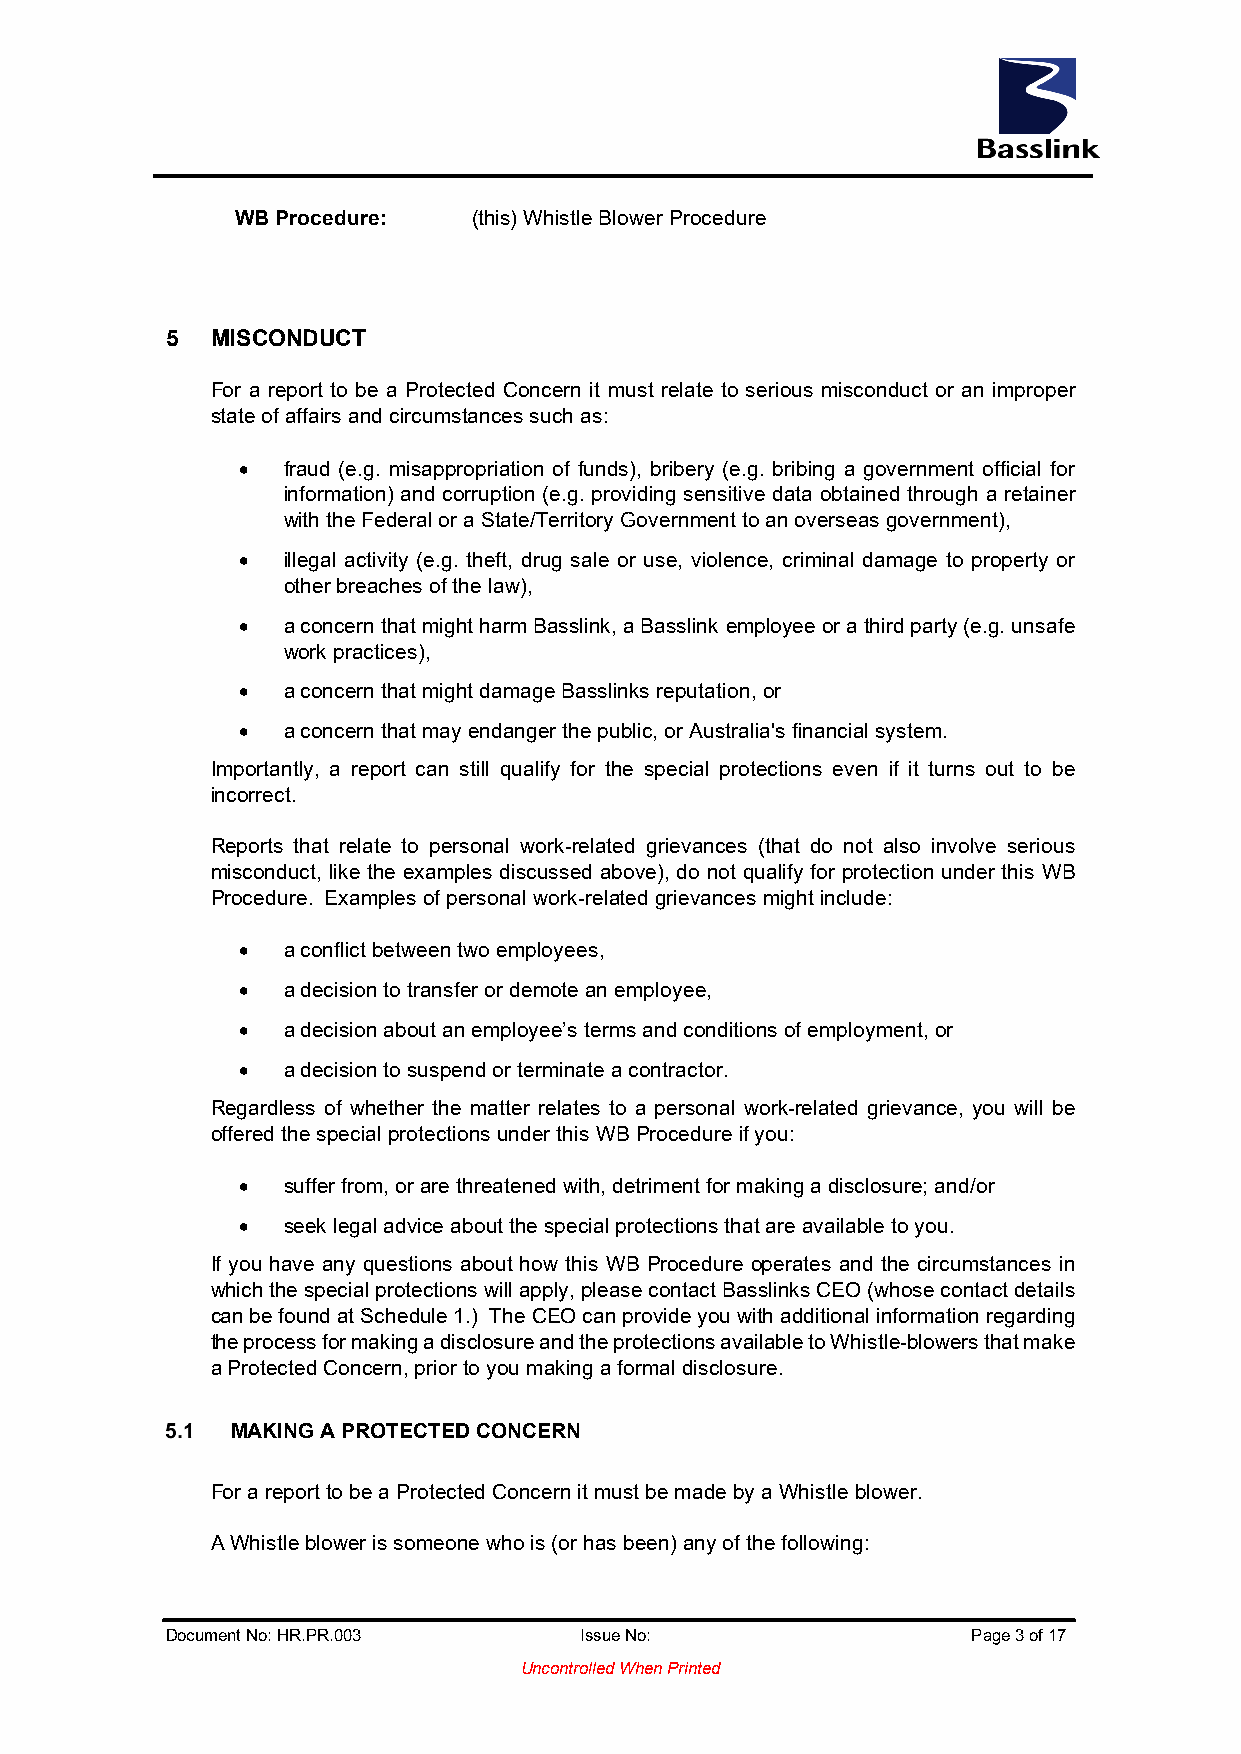
WB Procedure:  (this) Whistle Blower Procedure
 5  MISCONDUCT
 For a report to be a Protected Concern it must relate to serious misconduct or an improper
 state of affairs and circumstances such as:
 •  fraud (e.g. misappropriation of funds), bribery (e.g. bribing a government official for
 information) and corruption (e.g. providing sensitive data obtained through a retainer
 with the Federal or a State/Territory Government to an overseas government),
 •  illegal activity (e.g. theft, drug sale or use, violence, criminal damage to property or
 other breaches of the law),
 •  a concern that might harm Basslink, a Basslink employee or a third party (e.g. unsafe
 work practices),
 •  a concern that might damage Basslinks reputation, or
 •  a concern that may endanger the public, or Australia's financial system.
 Importantly, a report can still qualify for the special protections even if it turns out to be
 incorrect.
 Reports that relate to personal work-related grievances (that do not also involve serious
 misconduct, like the examples discussed above), do not qualify for protection under this WB
 Procedure. Examples of personal work-related grievances might include:
 •  a conflict between two employees,
 •  a decision to transfer or demote an employee,
 •  a decision about an employee’s terms and conditions of employment, or
 •  a decision to suspend or terminate a contractor.
 Regardless of whether the matter relates to a personal work-related grievance, you will be
 offered the special protections under this WB Procedure if you:
 •  suffer from, or are threatened with, detriment for making a disclosure; and/or
 •  seek legal advice about the special protections that are available to you.
 If you have any questions about how this WB Procedure operates and the circumstances in
 which the special protections will apply, please contact Basslinks CEO (whose contact details
 can be found at Schedule 1.) The CEO can provide you with additional information regarding
 the process for making a disclosure and the protections available to Whistle-blowers that make
 a Protected Concern, prior to you making a formal disclosure.
 MAKING A PROTECTED CONCERN
 For a report to be a Protected Concern it must be made by a Whistle blower.
 A Whistle blower is someone who is (or has been) any of the following:
 Document No: HR.PR.003     Issue No:                 Page 3 of 17
 Uncontrolled When Printed